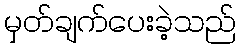
မှတ်ချက်ပေးခဲ့သည်